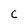
Character: c